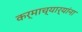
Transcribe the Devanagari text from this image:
कर्माच्यार्‍यांना